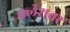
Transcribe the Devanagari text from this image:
फ्लॅशवर